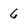
Character: 6